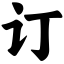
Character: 订